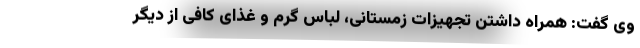
وی گفت: همراه داشتن تجهیزات زمستانی، لباس گرم و غذای کافی از دیگر